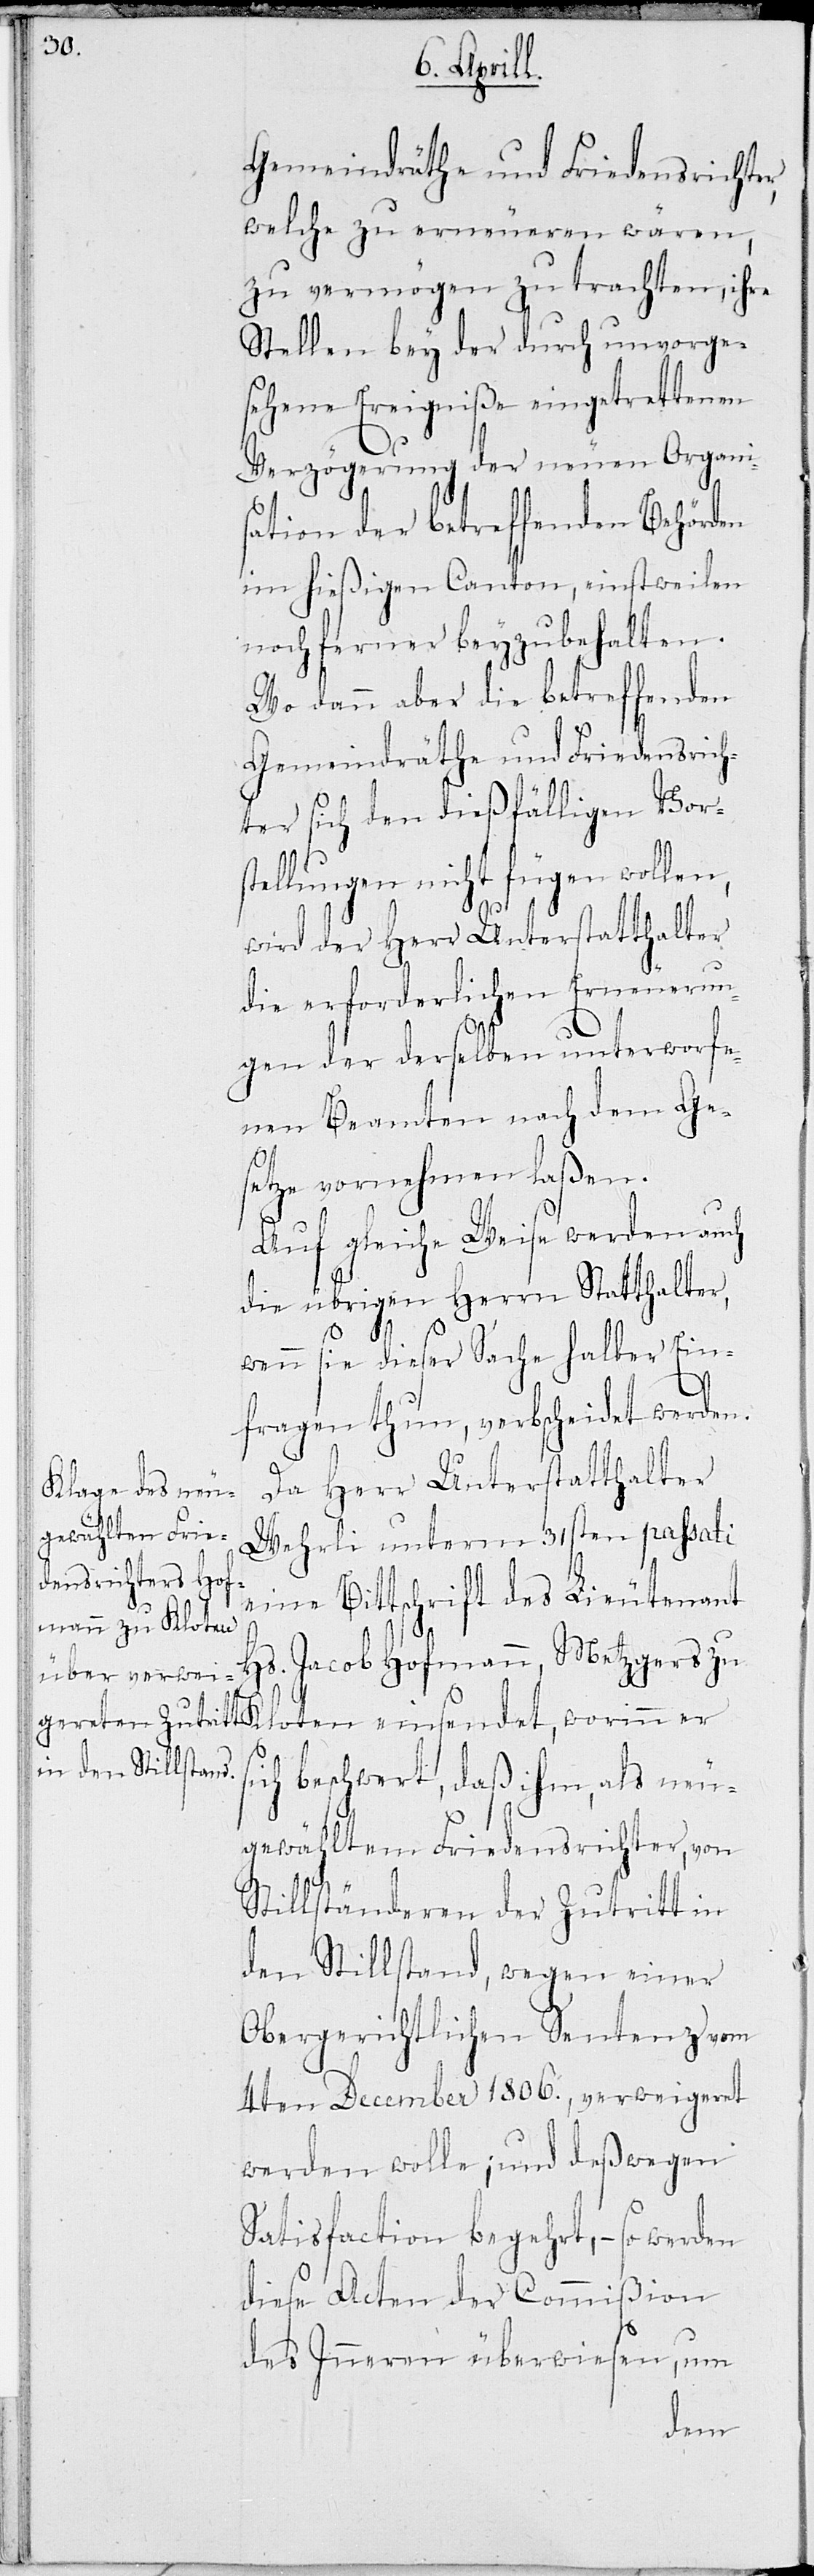
Gemeindräthe und Friedensrichter,
welche zu erneueren wären,
zu vermögen zu trachten, ihre
Stellen bey der durch unvorge¬
sehene Ereigniße eingetrettenen
Verzögerung der neuen Organi¬
sation der betreffenden Behörden
im hießigen Canton, einstweilen
noch ferner beyzubehalten.
Wo dann aber die betreffenden
Gemeindräthe und Friedensrich¬
ter sich den dießfälligen Vors¬
tellungen nicht fügen wollen,
wird der Herr Unterstatthalter
die erforderlichen Erneuerun¬
s¬
gen der derselben unterworfe¬
nen Beamten nach dem Ge¬
setze vornehmen laßen.
Auf gleiche Weise werden auch
die übrigen Herrn Statthalter,
wenn sie dieser Sache halber Ein¬
fragen thun, verbscheidet werden.
Da Herr Unterstatthalter
Wehrli unterm 21sten passati
eine Bittschrift des Lieutenant
Hs. Jacob Hofmann, Metzgers zu
oten einsendet, worinn er
ich beschwert, daß ihm, als neu¬
gewähltem Friedensrichter, von
Stillständeren der Zutritt in
den Stillstand, wegen einer
Obergerichtlichen Sentenz vom
4ten December 1806, verweigeret
werden wolle; und deßwegen
Satisfaction begehrt, – so wurden
diese Acten der Commißion
des Inneren überwiesen, um